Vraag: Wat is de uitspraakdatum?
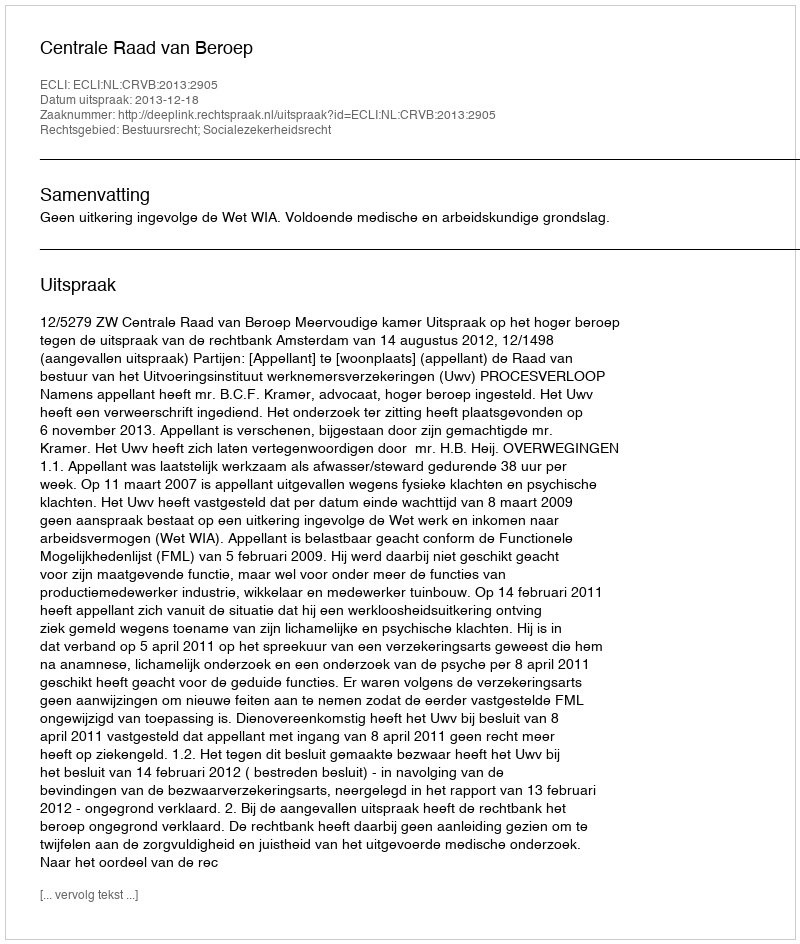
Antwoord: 2013-12-18